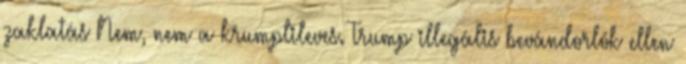
zaklatás Nem, nem a krumplileves. Trump illegális bevándorlók ellen